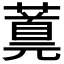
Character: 𬞪